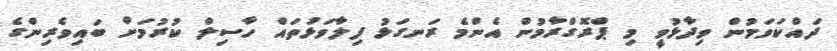
ދައްކަވަމުން ވިދާޅުވީ މި ޕްރޮގްރާމުން އެންމެ ރަނގަޅު ފިލާވަޅުތައް ހާސިލް ކުރުމަށް ބައިވެރިންގެ